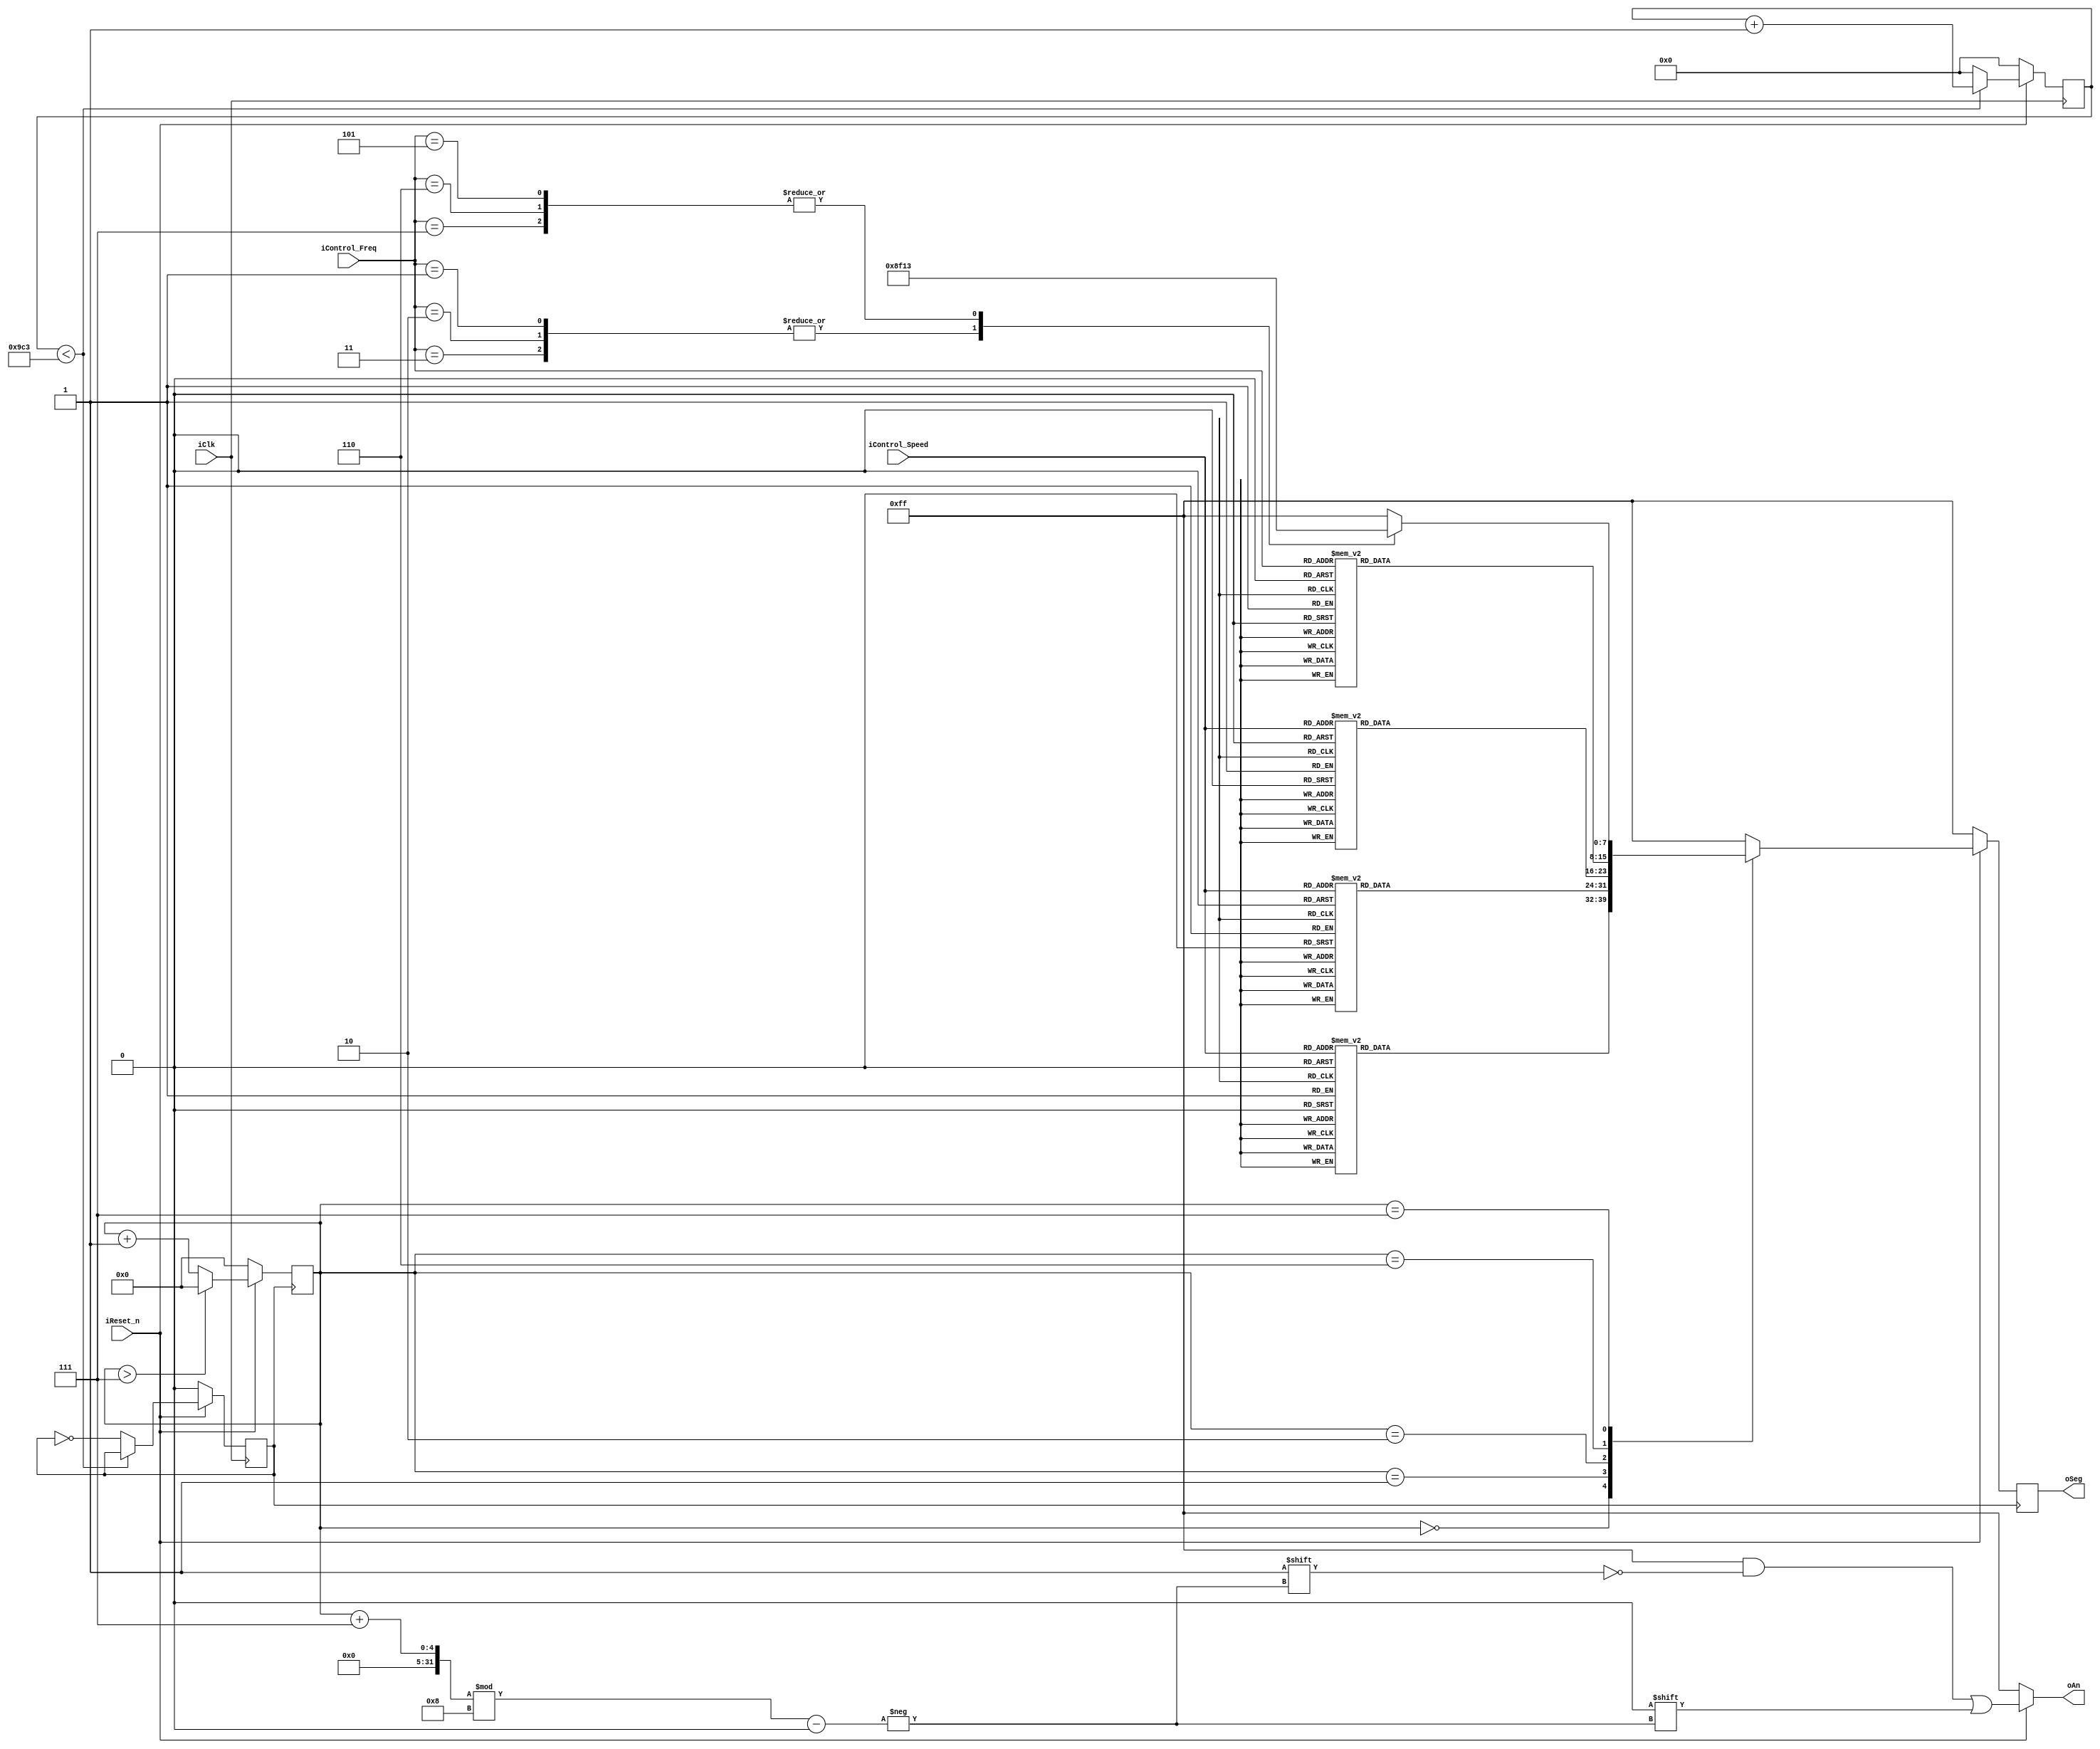
/*Displays current control warp speed and frequency information.*/
module Seg8(input iClk, //clock
            input iReset_n, //reset signal, active low
            input [2:0] iControl_Speed, //controls the speed of the playing
            input [2:0] iControl_Freq,  //controls the frequency of the playing
            output reg [7:0] oSeg,  //information about the speed and frequency of the playing, output to LED
            output reg [7:0] oAn    //control which position of the LED is active
            );
    
    wire [2:0] s;
    reg [3:0] digit;
    wire [7:0] aen;
    reg [19:0] clkdiv;
    
    /* 
     //////////////gfedcba.////////////////////////////////////////////           a
     0:oSeg = 8'b10000001;												   __
     1:oSeg = 8'b11110011;												f/	  /b
     2:oSeg = 8'b01001001;												  g                                                                  __
     3:oSeg = 8'b01100001;										 	 e /   /c
     4:oSeg = 8'b00110011;										       __
     5:oSeg = 8'b00100101;                                            d
     6:oSeg = 8'b00000101;
     7:oSeg = 8'b11110001;
     8:oSeg = 8'b00000001;
     9:oSeg = 8'b00100001;
     L:oSeg = 8'b10001111;
     H:oSeg = 8'b00010011;
 */
    
    parameter i = 5000;
    reg[20:0] counter;
    reg O_CLK;
    
    always @(posedge iClk) begin
        if (!iReset_n) begin
            counter <= 0;
            O_CLK   <= 0;
        end
        else if (counter < i/2-1) begin
            counter <= counter + 1;
            O_CLK   <= O_CLK;
        end
        else begin
            counter <= 0;
            O_CLK   <= ~O_CLK;
        end
    end
    
    reg[3:0] position;
    always @(posedge O_CLK) begin
        if (!iReset_n) begin
            position <= 0;
            oSeg     <= 8'b11111111;
        end
        else begin
            
            
            if (position> 7) begin
                position <= 0;
            end
            else begin
                position <= position + 1;
            end
            case (position)
                0:begin
                    case (iControl_Speed)
                        1,3: oSeg         <= 8'b00100101; //5
                        0,2,4,5,6,7: oSeg <= 8'b10000001; //0
                        default: oSeg     <= 8'b11111111;
                    endcase
                end
                1:begin
                    case (iControl_Speed)
                        2,5: oSeg     <= 8'b00100101; //5
                        1: oSeg     <= 8'b01001001; //2
                        0,4,6,7: oSeg <= 8'b10000001; //0
                        3:oSeg <= 8'b11110001; //7
                        default: oSeg <= 8'b11111111;
                    endcase
                end
                2:begin
                    case (iControl_Speed)
                        6: oSeg       <= 8'b01001000; //2.
                        7: oSeg       <= 8'b01100000; //3.
                        4,5,0: oSeg <= 8'b11110010; //1.
                        1,2,3: oSeg     <= 8'b10000000; //0.
                        default: oSeg <= 8'b11111111;
                    endcase
                end
                6:begin
                    case (iControl_Freq)
                        0,4:oSeg      <= 8'b10000001; //0
                        1,7: oSeg     <= 8'b01100001; //3
                        2,6: oSeg     <= 8'b01001001; //2
                        3,5: oSeg     <= 8'b11110011; //1
                        default: oSeg <= 8'b11111111;
                    endcase
                end
                7:begin
                    case (iControl_Freq)
                        1,2,3:oSeg    <= 8'b10001111; //-
                        5,6,7: oSeg   <= 8'b00010011; //+
                        default: oSeg <= 8'b11111111;
                    endcase
                end
                default: oSeg <= 8'b11111111;
            endcase
            
        end
    end
    
    always @(*) begin
        if (!iReset_n) begin
            oAn <= 8'b11111111;
        end
        else begin
            oAn           <= 8'b11111111;
            oAn[(position+7)%8] <= 0;
        end
    end
endmodule